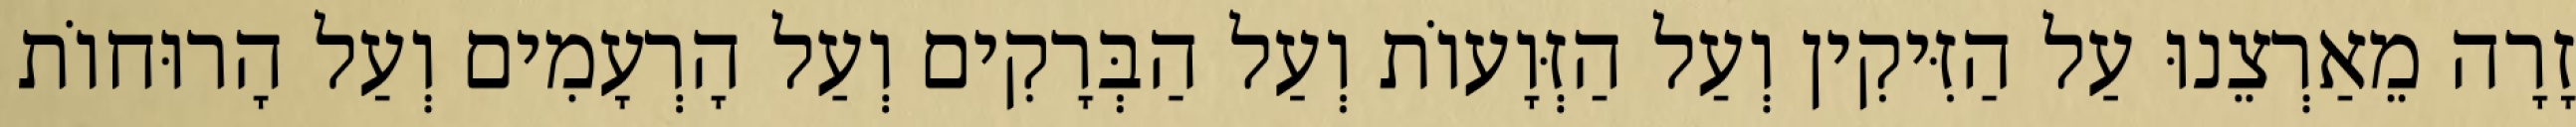
זָרָה מֵאַרְצֵנוּ עַל הַזִּיקִין וְעַל הַזְּוָעוֹת וְעַל הַבְּרָקִים וְעַל הָרְעָמִים וְעַל הָרוּחוֹת